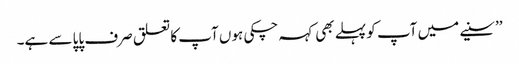
’’سنیے میں آپ کو پہلے بھی کہہ چکی ہوں آپ کا تعلق صرف پاپا سے ہے۔